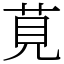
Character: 莧